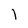
Character: 1